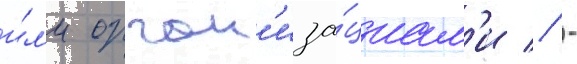
и́л'и орган'иза́циам'и // -